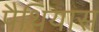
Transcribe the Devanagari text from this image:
पैथियास